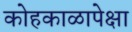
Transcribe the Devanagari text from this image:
कोहकाळापेक्षा